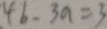
4 b - 3 a = 3